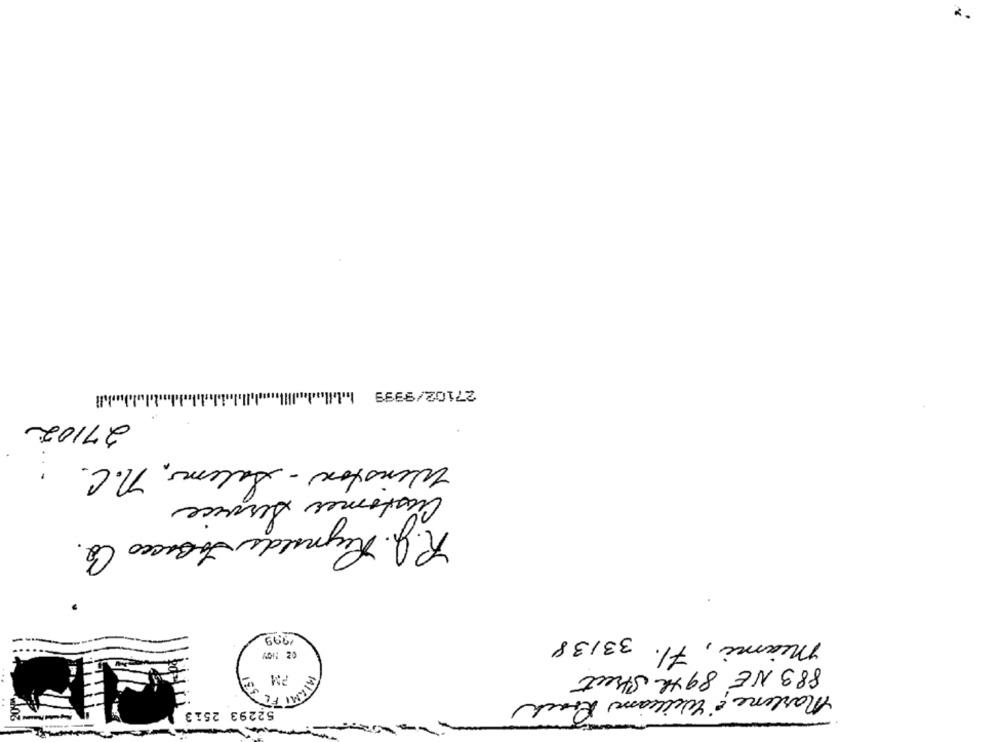
27102/9999 Mbıl
27102
Winston - Salems. n.C.
Customer Service
R.J. Reynolds Jo Bacco Co.
1999
miami, Fl. 33138
PM
883 NE 89th Street
ATAMI FE
Marlene"Williams Prach
52293 2513